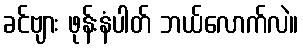
ခင်ဗျား ဖုန်းနံပါတ် ဘယ်လောက်လဲ။